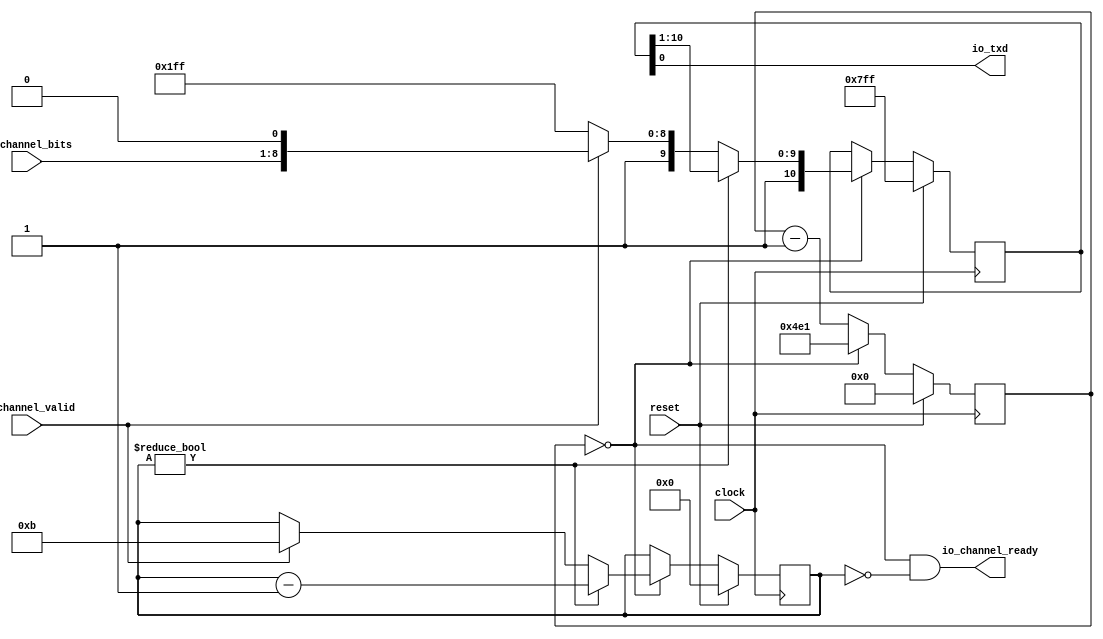
module Tx(
  input        clock,
  input        reset,
  output       io_txd,
  output       io_channel_ready,
  input        io_channel_valid,
  input  [7:0] io_channel_bits
);
`ifdef RANDOMIZE_REG_INIT
  reg [31:0] _RAND_0;
  reg [31:0] _RAND_1;
  reg [31:0] _RAND_2;
`endif // RANDOMIZE_REG_INIT
  reg [10:0] shiftReg; // @[Uart.scala 16:25]
  reg [19:0] cntReg; // @[Uart.scala 17:23]
  reg [3:0] bitsReg; // @[Uart.scala 18:24]
  wire  _io_channel_ready_T = cntReg == 20'h0; // @[Uart.scala 20:31]
  wire [9:0] shift = shiftReg[10:1]; // @[Uart.scala 26:28]
  wire [10:0] _shiftReg_T_1 = {1'h1,shift}; // @[Cat.scala 31:58]
  wire [3:0] _bitsReg_T_1 = bitsReg - 4'h1; // @[Uart.scala 28:26]
  wire [10:0] _shiftReg_T_3 = {2'h3,io_channel_bits,1'h0}; // @[Cat.scala 31:58]
  wire [19:0] _cntReg_T_1 = cntReg - 20'h1; // @[Uart.scala 39:22]
  assign io_txd = shiftReg[0]; // @[Uart.scala 21:21]
  assign io_channel_ready = cntReg == 20'h0 & bitsReg == 4'h0; // @[Uart.scala 20:40]
  always @(posedge clock) begin
    if (reset) begin // @[Uart.scala 16:25]
      shiftReg <= 11'h7ff; // @[Uart.scala 16:25]
    end else if (_io_channel_ready_T) begin // @[Uart.scala 23:24]
      if (bitsReg != 4'h0) begin // @[Uart.scala 25:27]
        shiftReg <= _shiftReg_T_1; // @[Uart.scala 27:16]
      end else if (io_channel_valid) begin // @[Uart.scala 30:30]
        shiftReg <= _shiftReg_T_3; // @[Uart.scala 32:18]
      end else begin
        shiftReg <= 11'h7ff; // @[Uart.scala 35:18]
      end
    end
    if (reset) begin // @[Uart.scala 17:23]
      cntReg <= 20'h0; // @[Uart.scala 17:23]
    end else if (_io_channel_ready_T) begin // @[Uart.scala 23:24]
      cntReg <= 20'h4e1; // @[Uart.scala 24:12]
    end else begin
      cntReg <= _cntReg_T_1; // @[Uart.scala 39:12]
    end
    if (reset) begin // @[Uart.scala 18:24]
      bitsReg <= 4'h0; // @[Uart.scala 18:24]
    end else if (_io_channel_ready_T) begin // @[Uart.scala 23:24]
      if (bitsReg != 4'h0) begin // @[Uart.scala 25:27]
        bitsReg <= _bitsReg_T_1; // @[Uart.scala 28:15]
      end else if (io_channel_valid) begin // @[Uart.scala 30:30]
        bitsReg <= 4'hb; // @[Uart.scala 33:17]
      end
    end
  end
// Register and memory initialization
`ifdef RANDOMIZE_GARBAGE_ASSIGN
`define RANDOMIZE
`endif
`ifdef RANDOMIZE_INVALID_ASSIGN
`define RANDOMIZE
`endif
`ifdef RANDOMIZE_REG_INIT
`define RANDOMIZE
`endif
`ifdef RANDOMIZE_MEM_INIT
`define RANDOMIZE
`endif
`ifndef RANDOM
`define RANDOM $random
`endif
`ifdef RANDOMIZE_MEM_INIT
  integer initvar;
`endif
`ifndef SYNTHESIS
`ifdef FIRRTL_BEFORE_INITIAL
`FIRRTL_BEFORE_INITIAL
`endif
initial begin
  `ifdef RANDOMIZE
    `ifdef INIT_RANDOM
      `INIT_RANDOM
    `endif
    `ifndef VERILATOR
      `ifdef RANDOMIZE_DELAY
        #`RANDOMIZE_DELAY begin end
      `else
        #0.002 begin end
      `endif
    `endif
`ifdef RANDOMIZE_REG_INIT
  _RAND_0 = {1{`RANDOM}};
  shiftReg = _RAND_0[10:0];
  _RAND_1 = {1{`RANDOM}};
  cntReg = _RAND_1[19:0];
  _RAND_2 = {1{`RANDOM}};
  bitsReg = _RAND_2[3:0];
`endif // RANDOMIZE_REG_INIT
  `endif // RANDOMIZE
end // initial
`ifdef FIRRTL_AFTER_INITIAL
`FIRRTL_AFTER_INITIAL
`endif
`endif // SYNTHESIS
endmodule
module Buffer(
  input        clock,
  input        reset,
  output       io_in_ready,
  input        io_in_valid,
  input  [7:0] io_in_bits,
  input        io_out_ready,
  output       io_out_valid,
  output [7:0] io_out_bits
);
`ifdef RANDOMIZE_REG_INIT
  reg [31:0] _RAND_0;
  reg [31:0] _RAND_1;
`endif // RANDOMIZE_REG_INIT
  reg  stateReg; // @[Uart.scala 90:25]
  reg [7:0] dataReg; // @[Uart.scala 91:24]
  wire  _io_in_ready_T = ~stateReg; // @[Uart.scala 93:27]
  wire  _GEN_1 = io_in_valid | stateReg; // @[Uart.scala 97:23 99:16 90:25]
  assign io_in_ready = ~stateReg; // @[Uart.scala 93:27]
  assign io_out_valid = stateReg; // @[Uart.scala 94:28]
  assign io_out_bits = dataReg; // @[Uart.scala 107:15]
  always @(posedge clock) begin
    if (reset) begin // @[Uart.scala 90:25]
      stateReg <= 1'h0; // @[Uart.scala 90:25]
    end else if (_io_in_ready_T) begin // @[Uart.scala 96:28]
      stateReg <= _GEN_1;
    end else if (io_out_ready) begin // @[Uart.scala 102:24]
      stateReg <= 1'h0; // @[Uart.scala 103:16]
    end
    if (reset) begin // @[Uart.scala 91:24]
      dataReg <= 8'h0; // @[Uart.scala 91:24]
    end else if (_io_in_ready_T) begin // @[Uart.scala 96:28]
      if (io_in_valid) begin // @[Uart.scala 97:23]
        dataReg <= io_in_bits; // @[Uart.scala 98:15]
      end
    end
  end
// Register and memory initialization
`ifdef RANDOMIZE_GARBAGE_ASSIGN
`define RANDOMIZE
`endif
`ifdef RANDOMIZE_INVALID_ASSIGN
`define RANDOMIZE
`endif
`ifdef RANDOMIZE_REG_INIT
`define RANDOMIZE
`endif
`ifdef RANDOMIZE_MEM_INIT
`define RANDOMIZE
`endif
`ifndef RANDOM
`define RANDOM $random
`endif
`ifdef RANDOMIZE_MEM_INIT
  integer initvar;
`endif
`ifndef SYNTHESIS
`ifdef FIRRTL_BEFORE_INITIAL
`FIRRTL_BEFORE_INITIAL
`endif
initial begin
  `ifdef RANDOMIZE
    `ifdef INIT_RANDOM
      `INIT_RANDOM
    `endif
    `ifndef VERILATOR
      `ifdef RANDOMIZE_DELAY
        #`RANDOMIZE_DELAY begin end
      `else
        #0.002 begin end
      `endif
    `endif
`ifdef RANDOMIZE_REG_INIT
  _RAND_0 = {1{`RANDOM}};
  stateReg = _RAND_0[0:0];
  _RAND_1 = {1{`RANDOM}};
  dataReg = _RAND_1[7:0];
`endif // RANDOMIZE_REG_INIT
  `endif // RANDOMIZE
end // initial
`ifdef FIRRTL_AFTER_INITIAL
`FIRRTL_AFTER_INITIAL
`endif
`endif // SYNTHESIS
endmodule
module BufferedTx(
  input        clock,
  input        reset,
  output       io_in_ready,
  input        io_in_valid,
  input  [7:0] io_in_bits,
  output       io_txd
);
  wire  tx_clock; // @[Uart.scala 117:18]
  wire  tx_reset; // @[Uart.scala 117:18]
  wire  tx_io_txd; // @[Uart.scala 117:18]
  wire  tx_io_channel_ready; // @[Uart.scala 117:18]
  wire  tx_io_channel_valid; // @[Uart.scala 117:18]
  wire [7:0] tx_io_channel_bits; // @[Uart.scala 117:18]
  wire  buf__clock; // @[Uart.scala 118:19]
  wire  buf__reset; // @[Uart.scala 118:19]
  wire  buf__io_in_ready; // @[Uart.scala 118:19]
  wire  buf__io_in_valid; // @[Uart.scala 118:19]
  wire [7:0] buf__io_in_bits; // @[Uart.scala 118:19]
  wire  buf__io_out_ready; // @[Uart.scala 118:19]
  wire  buf__io_out_valid; // @[Uart.scala 118:19]
  wire [7:0] buf__io_out_bits; // @[Uart.scala 118:19]
  Tx tx ( // @[Uart.scala 117:18]
    .clock(tx_clock),
    .reset(tx_reset),
    .io_txd(tx_io_txd),
    .io_channel_ready(tx_io_channel_ready),
    .io_channel_valid(tx_io_channel_valid),
    .io_channel_bits(tx_io_channel_bits)
  );
  Buffer buf_ ( // @[Uart.scala 118:19]
    .clock(buf__clock),
    .reset(buf__reset),
    .io_in_ready(buf__io_in_ready),
    .io_in_valid(buf__io_in_valid),
    .io_in_bits(buf__io_in_bits),
    .io_out_ready(buf__io_out_ready),
    .io_out_valid(buf__io_out_valid),
    .io_out_bits(buf__io_out_bits)
  );
  assign io_in_ready = buf__io_in_ready; // @[Uart.scala 120:13]
  assign io_txd = tx_io_txd; // @[Uart.scala 122:10]
  assign tx_clock = clock;
  assign tx_reset = reset;
  assign tx_io_channel_valid = buf__io_out_valid; // @[Uart.scala 121:17]
  assign tx_io_channel_bits = buf__io_out_bits; // @[Uart.scala 121:17]
  assign buf__clock = clock;
  assign buf__reset = reset;
  assign buf__io_in_valid = io_in_valid; // @[Uart.scala 120:13]
  assign buf__io_in_bits = io_in_bits; // @[Uart.scala 120:13]
  assign buf__io_out_ready = tx_io_channel_ready; // @[Uart.scala 121:17]
endmodule
module Hello(
  input   clock,
  input   reset,
  output  io_led1,
  output  io_led2,
  output  io_txd
);
`ifdef RANDOMIZE_REG_INIT
  reg [31:0] _RAND_0;
  reg [31:0] _RAND_1;
  reg [31:0] _RAND_2;
  reg [31:0] _RAND_3;
  reg [31:0] _RAND_4;
  reg [31:0] _RAND_5;
  reg [31:0] _RAND_6;
`endif // RANDOMIZE_REG_INIT
  wire  tx_clock; // @[Hello.scala 13:18]
  wire  tx_reset; // @[Hello.scala 13:18]
  wire  tx_io_in_ready; // @[Hello.scala 13:18]
  wire  tx_io_in_valid; // @[Hello.scala 13:18]
  wire [7:0] tx_io_in_bits; // @[Hello.scala 13:18]
  wire  tx_io_txd; // @[Hello.scala 13:18]
  reg [31:0] cntReg; // @[Hello.scala 16:23]
  reg  blkReg1; // @[Hello.scala 17:24]
  reg  blkReg2; // @[Hello.scala 18:24]
  reg [7:0] txCntReg; // @[Hello.scala 24:25]
  reg [7:0] txLenReg; // @[Hello.scala 25:25]
  reg  startTxReg; // @[Hello.scala 26:27]
  reg  runningTxReg; // @[Hello.scala 27:29]
  wire [31:0] _cntReg_T_1 = cntReg + 32'h1; // @[Hello.scala 29:20]
  wire  _GEN_2 = cntReg == 32'hb71b00 ? blkReg1 : blkReg2; // @[Hello.scala 30:28 34:13 18:24]
  wire  _GEN_3 = cntReg == 32'hb71b00 | startTxReg; // @[Hello.scala 30:28 36:16 26:27]
  wire  _GEN_5 = startTxReg | runningTxReg; // @[Hello.scala 39:31 41:18 27:29]
  wire [6:0] _GEN_8 = txCntReg[0] ? 7'h4e : 7'h4f; // @[Hello.scala 46:{19,19}]
  wire [6:0] _GEN_10 = 2'h1 == txCntReg[1:0] ? 7'h46 : 7'h4f; // @[Hello.scala 49:{19,19}]
  wire [6:0] _GEN_11 = 2'h2 == txCntReg[1:0] ? 7'h46 : _GEN_10; // @[Hello.scala 49:{19,19}]
  wire [1:0] _GEN_12 = blkReg1 ? 2'h2 : 2'h3; // @[Hello.scala 44:25 45:14 48:14]
  wire [6:0] _GEN_13 = blkReg1 ? _GEN_8 : _GEN_11; // @[Hello.scala 44:25 46:19 49:19]
  wire  _T_3 = txCntReg != txLenReg; // @[Hello.scala 51:35]
  wire [7:0] _txCntReg_T_1 = txCntReg + 8'h1; // @[Hello.scala 52:26]
  wire  _GEN_16 = _T_3 & _GEN_5; // @[Hello.scala 55:33 58:20]
  BufferedTx tx ( // @[Hello.scala 13:18]
    .clock(tx_clock),
    .reset(tx_reset),
    .io_in_ready(tx_io_in_ready),
    .io_in_valid(tx_io_in_valid),
    .io_in_bits(tx_io_in_bits),
    .io_txd(tx_io_txd)
  );
  assign io_led1 = blkReg1; // @[Hello.scala 65:11]
  assign io_led2 = blkReg2; // @[Hello.scala 66:11]
  assign io_txd = tx_io_txd; // @[Hello.scala 14:10]
  assign tx_clock = clock;
  assign tx_reset = reset;
  assign tx_io_in_valid = runningTxReg & _T_3; // @[Hello.scala 54:33 62:20]
  assign tx_io_in_bits = {{1'd0}, _GEN_13};
  always @(posedge clock) begin
    if (reset) begin // @[Hello.scala 16:23]
      cntReg <= 32'h0; // @[Hello.scala 16:23]
    end else if (cntReg == 32'hb71b00) begin // @[Hello.scala 30:28]
      cntReg <= 32'h0; // @[Hello.scala 31:12]
    end else begin
      cntReg <= _cntReg_T_1; // @[Hello.scala 29:10]
    end
    if (reset) begin // @[Hello.scala 17:24]
      blkReg1 <= 1'h0; // @[Hello.scala 17:24]
    end else if (cntReg == 32'hb71b00) begin // @[Hello.scala 30:28]
      blkReg1 <= ~blkReg1; // @[Hello.scala 33:13]
    end
    blkReg2 <= reset | _GEN_2; // @[Hello.scala 18:{24,24}]
    if (reset) begin // @[Hello.scala 24:25]
      txCntReg <= 8'h0; // @[Hello.scala 24:25]
    end else if (tx_io_in_ready & txCntReg != txLenReg) begin // @[Hello.scala 51:49]
      txCntReg <= _txCntReg_T_1; // @[Hello.scala 52:14]
    end else if (startTxReg) begin // @[Hello.scala 39:31]
      txCntReg <= 8'h0; // @[Hello.scala 42:14]
    end
    if (reset) begin // @[Hello.scala 25:25]
      txLenReg <= 8'h0; // @[Hello.scala 25:25]
    end else begin
      txLenReg <= {{6'd0}, _GEN_12};
    end
    if (reset) begin // @[Hello.scala 26:27]
      startTxReg <= 1'h0; // @[Hello.scala 26:27]
    end else if (startTxReg) begin // @[Hello.scala 39:31]
      startTxReg <= 1'h0; // @[Hello.scala 40:16]
    end else begin
      startTxReg <= _GEN_3;
    end
    if (reset) begin // @[Hello.scala 27:29]
      runningTxReg <= 1'h0; // @[Hello.scala 27:29]
    end else if (runningTxReg) begin // @[Hello.scala 54:33]
      runningTxReg <= _GEN_16;
    end else begin
      runningTxReg <= _GEN_5;
    end
  end
// Register and memory initialization
`ifdef RANDOMIZE_GARBAGE_ASSIGN
`define RANDOMIZE
`endif
`ifdef RANDOMIZE_INVALID_ASSIGN
`define RANDOMIZE
`endif
`ifdef RANDOMIZE_REG_INIT
`define RANDOMIZE
`endif
`ifdef RANDOMIZE_MEM_INIT
`define RANDOMIZE
`endif
`ifndef RANDOM
`define RANDOM $random
`endif
`ifdef RANDOMIZE_MEM_INIT
  integer initvar;
`endif
`ifndef SYNTHESIS
`ifdef FIRRTL_BEFORE_INITIAL
`FIRRTL_BEFORE_INITIAL
`endif
initial begin
  `ifdef RANDOMIZE
    `ifdef INIT_RANDOM
      `INIT_RANDOM
    `endif
    `ifndef VERILATOR
      `ifdef RANDOMIZE_DELAY
        #`RANDOMIZE_DELAY begin end
      `else
        #0.002 begin end
      `endif
    `endif
`ifdef RANDOMIZE_REG_INIT
  _RAND_0 = {1{`RANDOM}};
  cntReg = _RAND_0[31:0];
  _RAND_1 = {1{`RANDOM}};
  blkReg1 = _RAND_1[0:0];
  _RAND_2 = {1{`RANDOM}};
  blkReg2 = _RAND_2[0:0];
  _RAND_3 = {1{`RANDOM}};
  txCntReg = _RAND_3[7:0];
  _RAND_4 = {1{`RANDOM}};
  txLenReg = _RAND_4[7:0];
  _RAND_5 = {1{`RANDOM}};
  startTxReg = _RAND_5[0:0];
  _RAND_6 = {1{`RANDOM}};
  runningTxReg = _RAND_6[0:0];
`endif // RANDOMIZE_REG_INIT
  `endif // RANDOMIZE
end // initial
`ifdef FIRRTL_AFTER_INITIAL
`FIRRTL_AFTER_INITIAL
`endif
`endif // SYNTHESIS
endmodule